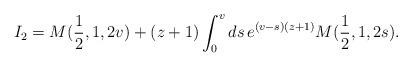
LaTeX: \begin{align*} I_2 &=M(\frac{1}{2},1,2v)+ (z+1) \int_{0}^{v} ds\, e^{(v-s)(z+1)} M(\frac{1}{2},1,2s). \end{align*}